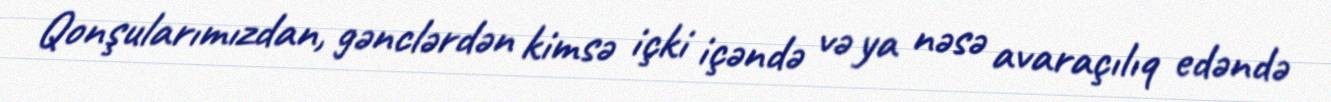
Qonşularımızdan, gənclərdən kimsə içki içəndə və ya nəsə avaraçılıq edəndə